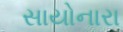
સાયોનારા